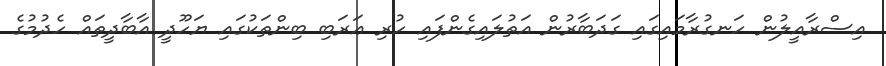
އިސްރާއީލުން ހަނގުރާމައިގައި ގަދަބާރުން އަތުލައިގެންފައި ހުރި ޢަރަބި ބިންތަކުގައި ޔަހޫދީ އާބާދީތައް ހެދުމުގެ